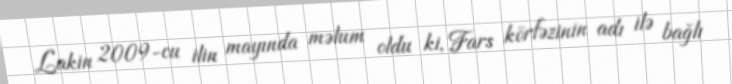
Lakin 2009-cu ilin mayında məlum oldu ki, Fars körfəzinin adı ilə bağlı